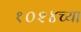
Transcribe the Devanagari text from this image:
१०२४च्या